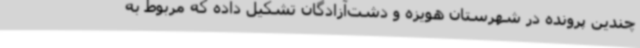
چندین پرونده در شهرستان هویزه و دشت‌آزادگان تشکیل داده که مربوط به